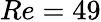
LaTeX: Re=49